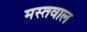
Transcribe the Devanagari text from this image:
मस्तवाल